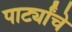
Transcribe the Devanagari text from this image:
पार्ट्यांचे